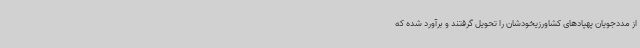
از مددجویان پهپادهای کشاورزیخودشان را تحویل گرفتند و برآورد شده که